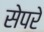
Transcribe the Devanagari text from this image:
सेपरे